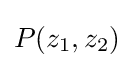
P(z_{1},z_{2})